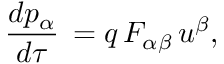
{ \frac { d p _ { \alpha } } { d \tau } } \, = q \, F _ { \alpha \beta } \, u ^ { \beta } ,